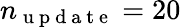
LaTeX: n_{\mathrm{~u~p~d~a~t~e~}}=20